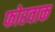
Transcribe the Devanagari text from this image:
फोरवाक